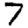
Digit: 7